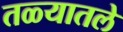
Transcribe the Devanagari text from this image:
तळ्यातले